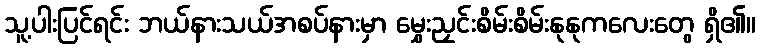
သူ့ပါးပြင်ရင်း ဘယ်နားသယ်အစပ်နားမှာ မွှေးညှင်းစိမ်းစိမ်းနုနုကလေးတွေ ရှိ၏။